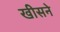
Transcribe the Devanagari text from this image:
खीसने